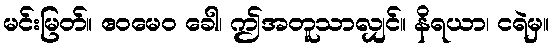
မင်းမြတ်။ ဧဝမေဝ ခေါ၊ ဤအတူသာလျှင်။ နိရယာ၊ ငရဲမှ။